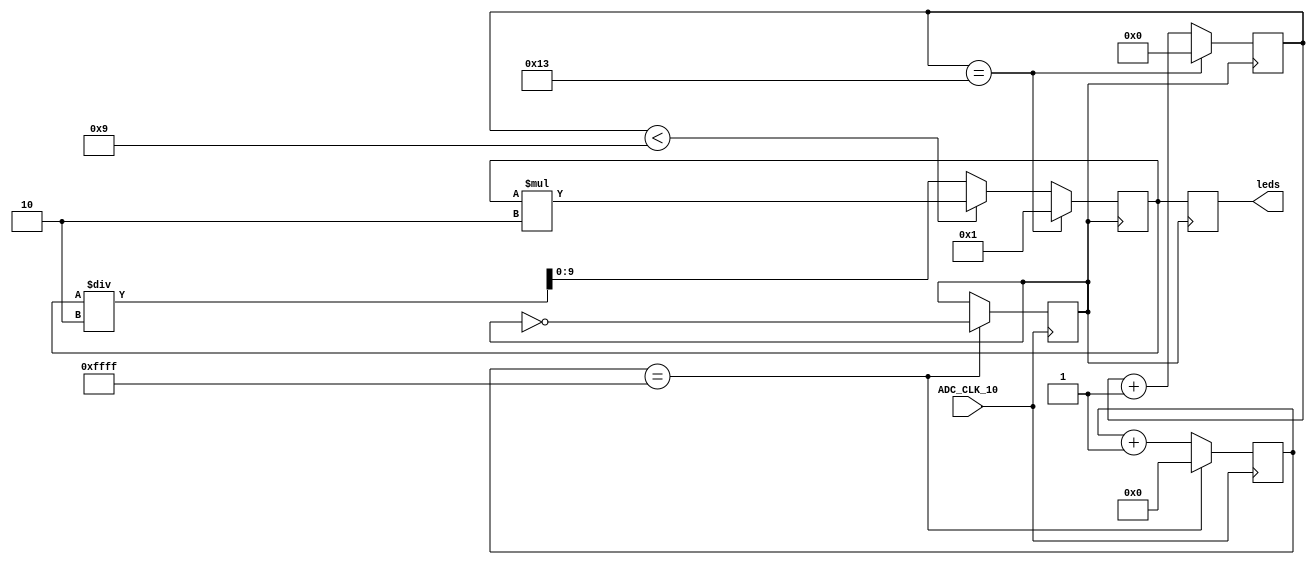
module Magic(ADC_CLK_10,leds);
input ADC_CLK_10; // from data sheet (PIN_N5:10 MHz clock input for ADC (Bank 3B) )
output reg [9:0]leds;

//Initialize clock slowing toggle and counter
reg s = 0;
reg [16:0]  counter = 0;
reg [9:0] blink= 1;


//increment the counter
always @(posedge ADC_CLK_10)
begin
	counter <= counter + 1;
	if ( counter == 16'b1111111111111111)
		begin
			counter <= 0;
			s <= ~s;
		end
end

reg [4:0] count = 0;


always @ (posedge s)
begin
	
	count <= count + 1;
	leds <= blink;

	if(count < 9)
	begin
		blink <= blink*2;
	end

	else
	begin
		blink <= blink/2;
	end
	
	if(count == 19)
	begin
		count <= 0;
		
		blink <=1;
	end
		
	
end

endmodule